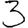
Digit: 3